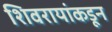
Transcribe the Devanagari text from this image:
शिवरायांकडून